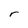
Character: r